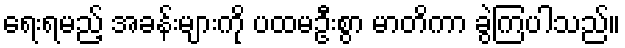
ရေးရမည့် အခန်းများကို ပထမဦးစွာ မာတိကာ ခွဲကြပါသည်။